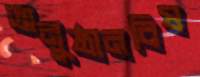
অনুষ্ঠানবিষ